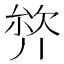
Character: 𭆣